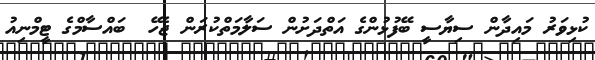
ކުޅިވަރު މައިދާން ސިޔާސީ ބޭފުޅުންގެ އަތްދަށުން ސަލާމަތްކުރަން ޖެހޭ  ބައްސާމްގެ ޓީމްނިއު